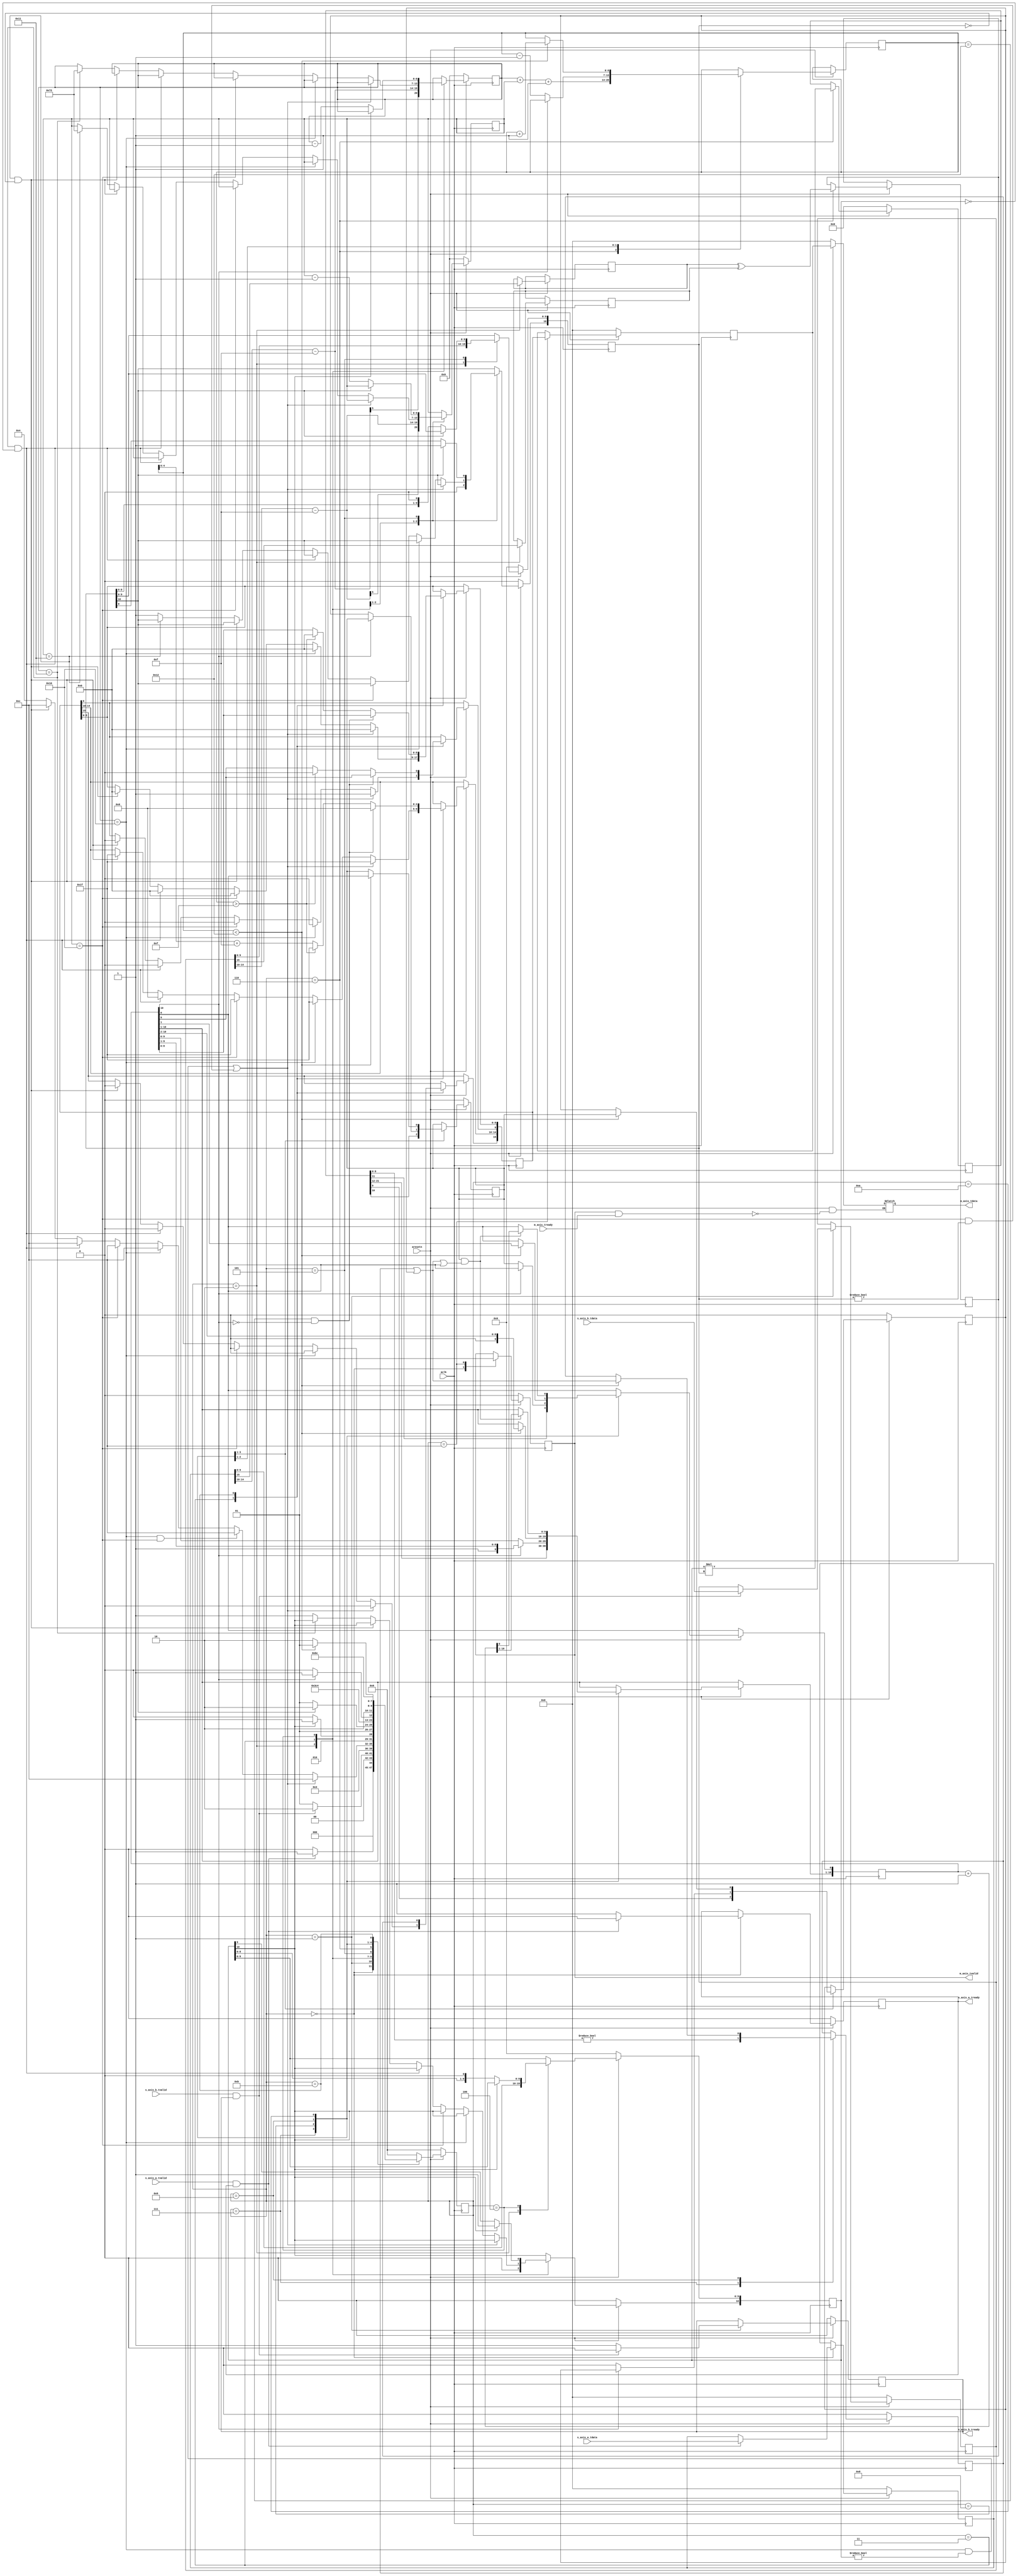
module tmult #(
    parameter EXP = 5,
    parameter FRA = 10
) (
    input                   aclk,
    input                   aresetn,

    input   [EXP+FRA:0]     s_axis_a_tdata,
    input                   s_axis_a_tvalid,
    output  reg             s_axis_a_tready,

    input   [EXP+FRA:0]     s_axis_b_tdata,
    input                   s_axis_b_tvalid,
    output  reg             s_axis_b_tready,

    output  reg [EXP+FRA:0] m_axis_tdata,
    input                   m_axis_tready,
    output                  m_axis_tvalid
    
);

localparam  GET_A         = 4'd0,
            GET_B         = 4'd1,
            UNPACK        = 4'd2,
            SPECIAL_CASES = 4'd3,
            NORMALISE_A   = 4'd4,
            NORMALISE_B   = 4'd5,
            MULTIPLY_0    = 4'd6,
            MULTIPLY_1    = 4'd7,
            NORMALISE_1   = 4'd8,
            NORMALISE_2   = 4'd9,
            ROUND         = 4'd10,
            PACK          = 4'd11,
            PUT_Z         = 4'd12;

reg       [EXP+FRA:0] a, b, z;
reg                   a_s, b_s, z_s;
reg       [EXP+1:0]   a_e, b_e, z_e;
reg       [FRA:0]     a_m, b_m, z_m;

reg       [2*FRA+1:0] fraction;
reg                   guard, round_bit, sticky;

reg       [EXP+FRA:0] result;
reg                   ovalid;

reg       [3:0]       state_now,state_next;

always @(posedge aclk) begin
    if(aresetn == 1'b0)begin
        state_now <= GET_A;
    end
    else begin
        state_now <= state_next;
    end
end

always @(*) begin
    case(state_now)
        GET_A:begin
            if(s_axis_a_tvalid && s_axis_a_tready)
                state_next  <= GET_B;
            else 
                state_next  <= GET_A; 
        end
        GET_B:begin
            if(s_axis_b_tvalid && s_axis_b_tready)
                state_next  <= UNPACK;
            else 
                state_next  <= GET_B;
        end
        UNPACK:begin
            state_next  <= SPECIAL_CASES;
        end
        SPECIAL_CASES:begin
            //if a is NaN or b is NaN return NaN 
            if ((a_e == 2**(EXP-1) && a_m != 0) || (b_e == 2**(EXP-1) && b_m != 0)) begin
                state_next <= PUT_Z; 
            end 
            //if a is inf and b is inf return NaN
            else if ((a_e == 2**(EXP-1)) && (b_e == 2**(EXP-1))) begin
                state_next <= PUT_Z;
            end 
            //if a is inf return inf
            else if (a_e == 2**(EXP-1)) begin
                state_next <= PUT_Z;
            end 
            //if b is inf return zero
            else if (b_e == 2**(EXP-1)) begin
                state_next <= PUT_Z;
            end 
            //if a is zero return zero
            else if (($signed(a_e) == 1 - 2**(EXP-1)) && (a_m == 0)) begin
                state_next <= PUT_Z;
            end 
            //if b is zero return inf
            else if (($signed(b_e) == 1 - 2**(EXP-1)) && (b_m == 0)) begin
                state_next <= PUT_Z;
            end 
            else begin
                state_next <= NORMALISE_A;
            end
        end
        NORMALISE_A:begin
            if (a_m[FRA]) begin
                state_next <= NORMALISE_B;
            end else begin
                state_next <= NORMALISE_A;
            end
        end
        NORMALISE_B:begin
            if (b_m[FRA]) begin
                state_next <= MULTIPLY_0;
            end else begin
                state_next <= NORMALISE_B;
            end
        end
        MULTIPLY_0:begin
            state_next  <= MULTIPLY_1;
        end
        MULTIPLY_1:begin
            state_next  <= NORMALISE_1;
        end
        NORMALISE_1:begin
            if (z_m[FRA] == 0) begin
                state_next <= NORMALISE_1;
            end 
            else begin
                state_next <= NORMALISE_2;
            end
        end
        NORMALISE_2:begin
            if ($signed(z_e) < 2 - 2**(EXP-1)) begin
                state_next <= NORMALISE_2;
            end 
            else begin
                state_next <= ROUND;
        end
        end
        ROUND:begin
            state_next  <= PACK;
        end
        PACK:begin
            state_next  <= PUT_Z;
        end
        PUT_Z:begin
            state_next  <= GET_A;
        end
        default:begin
            state_next  <= GET_A;
        end
    endcase
end

always @(posedge aclk) begin
    if(aresetn == 1'b0)begin
        s_axis_a_tready <= 0;
        s_axis_b_tready <= 0;
        a               <= 0;
        b               <= 0;
        a_e             <= 0;
        b_e             <= 0;
        a_m             <= 0;
        b_m             <= 0;
        fraction        <= 0;
        guard           <= 0;
        round_bit       <= 0;
        sticky          <= 0;
        result          <= 0;
        ovalid          <= 0;
    end
    else begin
        case(state_now)
            GET_A:begin
                ovalid              <= 1'b0;
                s_axis_a_tready     <= 1'b1;        
                if(s_axis_a_tvalid && s_axis_a_tready)begin
                    a               <= s_axis_a_tdata;
                    s_axis_a_tready <= 1'b0;
                end
            end
            GET_B:begin
                s_axis_b_tready     <= 1'b1;
                if(s_axis_b_tvalid && s_axis_b_tready)begin
                    b               <= s_axis_b_tdata;
                    s_axis_b_tready <= 1'b0;
                end
            end
            UNPACK:begin
                a_s <= a[EXP+FRA];
                b_s <= b[EXP+FRA];
                a_e <= a[EXP+FRA-1 : FRA] - (2**(EXP-1) - 1);
                b_e <= b[EXP+FRA-1 : FRA] - (2**(EXP-1) - 1);
                a_m <= a[FRA - 1 : 0];
                b_m <= b[FRA - 1 : 0];
            end
            SPECIAL_CASES:begin
                //if a is NaN or b is NaN return NaN 
                if ((a_e == 2**(EXP-1) && a_m != 0) || (b_e == 2**(EXP-1) && b_m != 0)) begin
                    z[EXP+FRA]     <= 1'b1;
                    z[EXP+FRA:FRA] <= 2**EXP - 1;
                    z[FRA-1]       <= 1'b1;
                    z[FRA-2:0]     <= 0; 
                end 
                //if a is inf return inf
                else if (a_e == 2**(EXP-1)) begin
                    //if b is zero return NaN
                    if ($signed(b_e == 1 - 2**(EXP-1)) && (b_m == 0)) begin
                        z[EXP+FRA]     <= 1'b1;
                        z[EXP+FRA:FRA] <= 2**EXP - 1;
                        z[FRA-1]       <= 1'b1;
                        z[FRA-2:0]     <= 0;
                    end
                    else begin
                        z[EXP+FRA]     <= a_s ^ b_s;
                        z[EXP+FRA:FRA] <= 2**EXP - 1;
                        z[FRA-1:0]     <= 0;
                    end
                end 
                //if b is inf return inf
                else if (b_e == 2**(EXP-1)) begin
                    //if a is zero return NaN
                    if ($signed(a_e == 1 - 2**(EXP-1)) && (a_m == 0)) begin
                        z[EXP+FRA]     <= 1'b1;
                        z[EXP+FRA:FRA] <= 2**EXP - 1;
                        z[FRA-1]       <= 1'b1;
                        z[FRA-2:0]     <= 0;
                    end
                    else begin
                        z[EXP+FRA]     <= a_s ^ b_s;
                        z[EXP+FRA:FRA] <= 2**EXP - 1;
                        z[FRA-1:0]     <= 0;
                    end
                end 
                //if a is zero return zero
                else if (($signed(a_e) == 1 - 2**(EXP-1)) && (a_m == 0)) begin
                    z[EXP+FRA]     <= a_s ^ b_s;
                    z[EXP+FRA:FRA] <= 0;
                    z[FRA-1:0]     <= 0;
                end 
                //if b is zero return zero
                else if (($signed(b_e) == 1 - 2**(EXP-1)) && (b_m == 0)) begin
                    z[EXP+FRA]     <= a_s ^ b_s;
                    z[EXP+FRA:FRA] <= 2**EXP - 1;
                    z[FRA-1:0]     <= 0;
                end 
                else begin
                    //Denormalised Number
                    if ($signed(a_e) == 1 - 2**(EXP-1)) begin
                        a_e <= 2 - 2**(EXP-1);
                    end 
                    else begin
                        a_m[FRA] <= 1'b1;
                    end
                    //Denormalised Number
                    if ($signed(b_e) == 1 - 2**(EXP-1)) begin
                        b_e <= 2 - 2**(EXP-1);
                    end 
                    else begin
                        b_m[FRA] <= 1'b1;
                    end
                end
            end
            NORMALISE_A:begin
                if (a_m[FRA] == 1'b0)begin
                    a_e <= a_e - 1;
                    a_m <= a_m << 1;
                end
            end
            NORMALISE_B:begin
                if (b_m[FRA] == 1'b0)begin
                    b_e <= b_e - 1;
                    b_m <= b_m << 1;
                end
            end
            MULTIPLY_0:begin
                z_s       <= a_s ^ b_s;
                z_e       <= a_e + b_e + 1;
                fraction  <= a_m * b_m;
            end
            MULTIPLY_1:begin
                z_m       <= fraction[2*FRA+1:FRA+1];
                guard     <= fraction[FRA];
                round_bit <= fraction[FRA-1];
                sticky    <= (fraction[FRA-2:0] != 0);
            end
            NORMALISE_1:begin
                if (z_m[FRA] == 1'b0) begin
                    z_e       <= z_e - 1;
                    z_m       <= z_m << 1;
                    z_m[0]    <= guard;
                    guard     <= round_bit;
                    round_bit <= 0;
                end
            end
            NORMALISE_2:begin
                if ($signed(z_e) < 2 - 2**(EXP-1)) begin
                    z_e       <= z_e + 1;
                    z_m       <= z_m >> 1;
                    guard     <= z_m[0];
                    round_bit <= guard;
                    sticky    <= sticky | round_bit;
                end
            end
            ROUND:begin
                if (guard && (round_bit | sticky | z_m[0])) begin
                    z_m <= z_m + 1;
                    if (z_m == 54'hffffffffffffff) begin
                        z_e <=  z_e + 1;
                    end
                end
            end
            PACK:begin
                if ($signed(z_e) == 2 - 2**(EXP-1) && z_m[FRA] == 0) begin
                    z[EXP+FRA]       <= z_s;
                    z[EXP+FRA-1:FRA] <= 0;
                    z[FRA-1:0]       <= z_m[FRA-1:0];
                end
                //if overflow occurs, return inf
                else if ($signed(z_e) > 2**(EXP-1) - 1) begin
                    z[EXP+FRA]         <= z_s;
                    z[EXP+FRA-1 : FRA] <= 2**EXP - 1;
                    z[FRA-1 : 0]       <= 0;
                end
                else begin
                    z[EXP+FRA]       <= z_s;
                    z[EXP+FRA-1:FRA] <= z_e[EXP-1:0] + (2**(EXP-1) - 1);
                    z[FRA-1:0]       <= z_m[FRA-1:0];
                end
            end
            PUT_Z:begin
                result        <= z;
                ovalid        <= 1'b1;
            end
            default:;
        endcase
    end
end

assign m_axis_tvalid = ovalid;

always @(*) begin
    if(aresetn == 1'b0)begin
        m_axis_tdata  <= 0;
    end
    else if(m_axis_tvalid & m_axis_tready)begin
        m_axis_tdata  <= result;
    end
    else begin
        m_axis_tdata  <= m_axis_tdata;
    end
end

endmodule